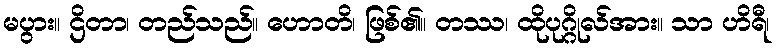
မပွား။ ဌိတာ၊ တည်သည်။ ဟောတိ၊ ဖြစ်၏။ တဿ၊ ထိုပုဂ္ဂိုလ်အား။ သာ ဟိရီ၊